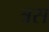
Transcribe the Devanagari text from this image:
त्रस